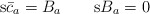
\begin{align*}\mathrm{s}\bar c_a=B_a \qquad \mathrm{s} B_a=0\end{align*}